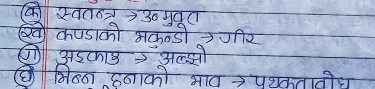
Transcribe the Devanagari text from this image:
(क) स्वतन्त्र ⇒ उ० मुक्त
(ख) कपडाको झुण्डो ⇒ जीर
(ग) अड्काउ ⇒ अल्झो
(घ) भिन्न हुनको भाव ⇒ पृथकताबोध